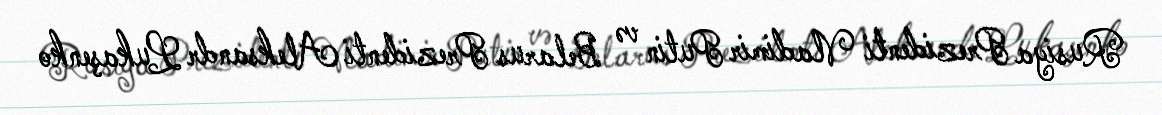
Rusiya Prezidenti Vladimir Putin və Belarus Prezidenti Aleksandr Lukaşenko